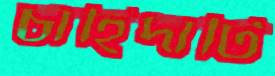
চাহিদাটি